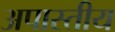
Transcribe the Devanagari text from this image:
अपास्तीय